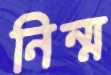
নিন্ম